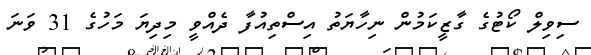
ސިވިލް ކޯޓުގެ ގާޒީކަމުން ނިހާޔަތު އިސްތިއުފާ ދެއްވީ މިދިޔަ މަހުގެ 31 ވަނަ